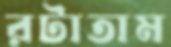
রটাতাম